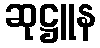
ဆုဋ္ဌူန